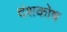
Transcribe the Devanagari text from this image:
दंशकोष